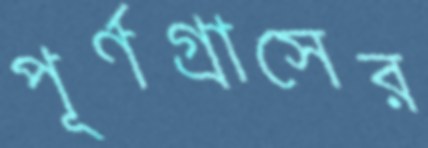
পূর্ণগ্রাসের